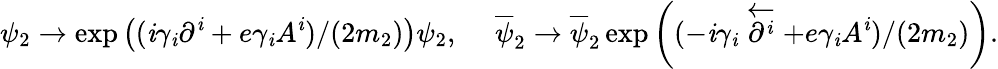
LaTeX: \psi_{2}\rightarrow\exp\left((\mathit{i}\gamma_{\mathit{i}}\partial^{\mathit{i}}+e\gamma_{\mathit{i}}A^{\mathit{i}})/(2m_{2})\right)\psi_{2},\ \ \ \ \ \overline{{{\psi}}}_{2}\rightarrow\overline{{{\psi}}}_{2}\exp\left((-\mathit{i}\gamma_{\mathit{i}}\stackrel{\leftarrow}{\partial^{\mathit{i}}}+e\gamma_{\mathit{i}}A^{\mathit{i}})/(2m_{2})\right).